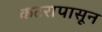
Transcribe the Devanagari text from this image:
कटरापासून